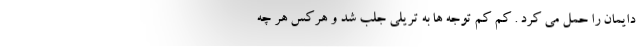
دایمان را حمل می کرد . کم کم توجه ها به تریلی جلب شد و هرکس هر چه